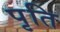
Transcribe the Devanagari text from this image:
पृति